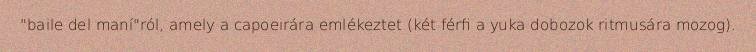
"baile del maní"ról, amely a capoeirára emlékeztet (két férfi a yuka dobozok ritmusára mozog).